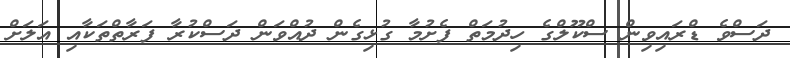
ދަސްވެ ޑްރައިވިން ސްކޫލްގެ ހިދުމަތް ފެށުމާ ގުޅިގެން ދުއްވަން ދަސްކުރާ ފަރާތްތަކާއި އަލަށް